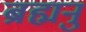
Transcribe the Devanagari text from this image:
ब्रह्मनुं